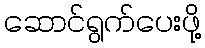
ဆောင်ရွက်ပေးဖို့